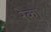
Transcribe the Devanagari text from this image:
रेका